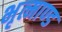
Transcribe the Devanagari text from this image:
भृत्माण्ड